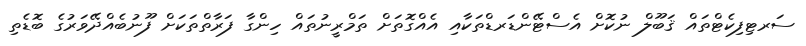
ސަރޓިފިކެޓްތައް ޤަބޫލް ނުކޮށް އެސްޓޭންޑަރޑްތަކާއި އެއްގޮތަށް ތަމްރީނުތައް ހިންގާ ފަރާތްތަކަށް ފޫނުބެއްދޭވަރުގެ ބޮޑެތި